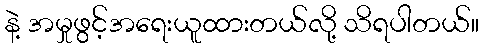
နဲ့ အမှုဖွင့်အရေးယူထားတယ်လို့ သိရပါတယ်။